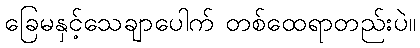
ခြေမနှင့်သေချာပေါက် တစ်ထေရာတည်းပဲ။